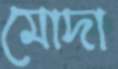
মোদা